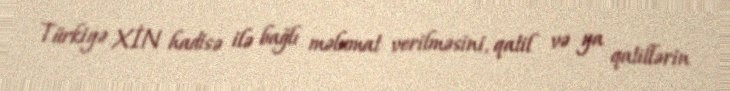
Türkiyə XİN hadisə ilə bağlı məlumat verilməsini, qatil və ya qatillərin